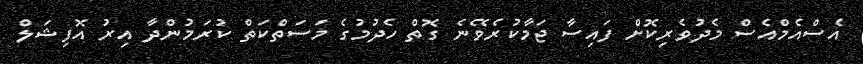
އެސްއެމްއެސް މެދުވެރިކޮށް ފައިސާ ޖަމާކުރެވޭނެ ގޮތް ހެދުމުގެ މަސަތްކަތް ކުރަމުންދާ އިރު އޮފިޝަލް